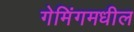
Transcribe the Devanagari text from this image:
गेमिंगमधील